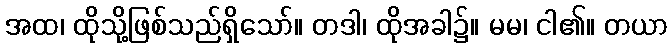
အထ၊ ထိုသို့ဖြစ်သည်ရှိသော်။ တဒါ၊ ထိုအခါ၌။ မမ၊ ငါ၏။ တယာ